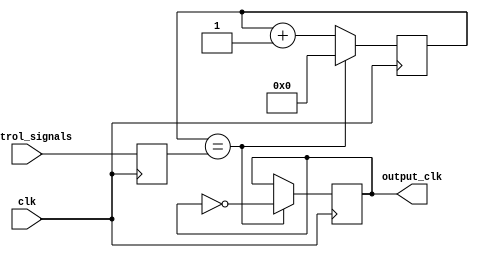
module fractional_clock_divider (
    input wire clk,
    input wire [7:0] control_signals,
    output reg output_clk
);

reg [7:0] count;
reg [7:0] divisor;

always @ (posedge clk) begin
    if (count == divisor) begin
        output_clk <= ~output_clk;
        count <= 8'b0;
    end else begin
        count <= count + 8'b1;
    end
end

always @ (posedge clk) begin
    divisor <= control_signals;
end

endmodule